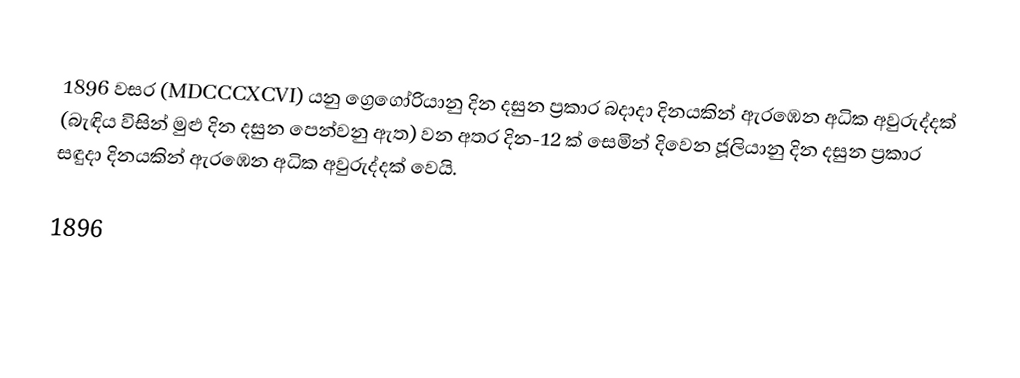

1896 වසර (MDCCCXCVI) යනු ග්‍රෙගෝරියානු දින දසුන ප්‍රකාර  බදාදා දිනයකින් ඇරඹෙන අධික අවුරුද්දක් (බැඳිය විසින් මුළු දින දසුන පෙන්වනු ඇත) වන අතර දින-12 ක් සෙමින් දිවෙන ජූලියානු දින දසුන ප්‍රකාර   සඳුදා දිනයකින් ඇරඹෙන අධික අවුරුද්දක් වෙයි.

1896